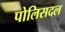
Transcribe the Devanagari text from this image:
पोलिसदल